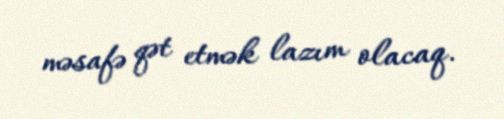
məsafə qət etmək lazım olacaq.